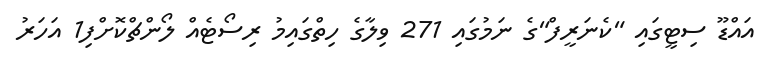
އައްޑޫ ސިޓީގައި "ކެނަރީފް"ގެ ނަމުގައި 271 ވިލާގެ ހިތްގައިމު ރިސޯޓެއް ލޯންޗްކޮށްފި1 އަހަރު